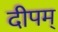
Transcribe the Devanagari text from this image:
दीपम्